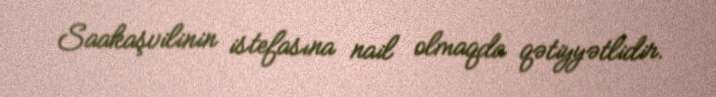
Saakaşvilinin istefasına nail olmaqda qətiyyətlidir.